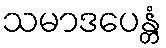
သမာဒပေန္တံ